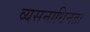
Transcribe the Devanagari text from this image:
व्यसनाधिनता